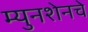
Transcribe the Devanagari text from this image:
म्युनशेनचे